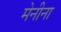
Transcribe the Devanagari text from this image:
मेनीना